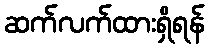
ဆက်လက်ထားရှိရန်